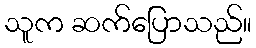
သူက ဆက်ပြောသည်။